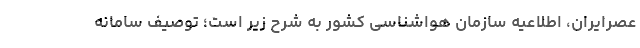
عصرایران، اطلاعیه سازمان هواشناسی کشور به شرح زیر است؛ توصیف سامانه